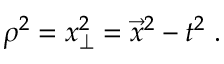
\rho ^ { 2 } = x _ { \perp } ^ { 2 } = \vec { x } ^ { 2 } - t ^ { 2 } \; .